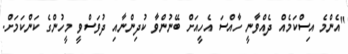
"އެންމެ އިސްކަމެއް ދެއްވާނީ ހާއްސަ އެހީއަށް ބޭނުންވާ ކުދިންނާއި ދުވަސްވީ މީހުންގެ ކަންކަމަށް.